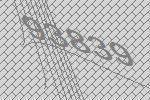
93839